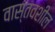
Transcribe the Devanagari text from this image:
वास्तवशील